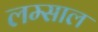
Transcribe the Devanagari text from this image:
लम्साल